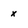
Character: x